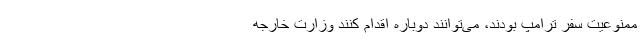
ممنوعیت سفر ترامپ بودند، می‌توانند دوباره اقدام کنند وزارت خارجه